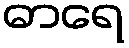
ဓာရေ